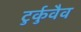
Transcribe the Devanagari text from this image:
टुर्कुवैव